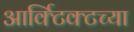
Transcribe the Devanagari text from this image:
आर्क्टिक्टच्या